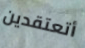
أتعتقدين